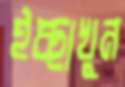
ইচ্ছাখুন